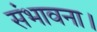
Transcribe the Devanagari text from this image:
संभावना।